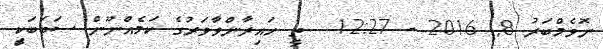
ނޮވެމްބަރު 8